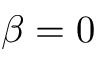
\beta = 0